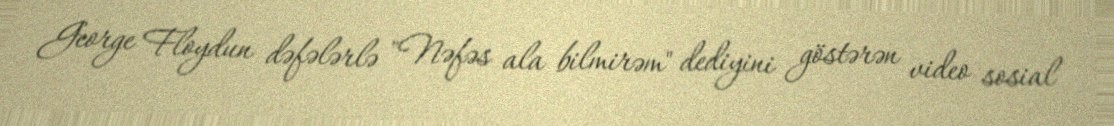
George Floydun dəfələrlə "Nəfəs ala bilmirəm" dediyini göstərən video sosial